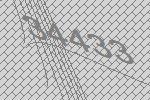
34433